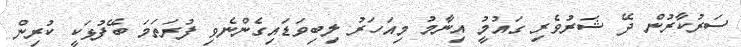
ސަރުކާރުން ދޭ ޝަރުވެރި ގައުމުީ އިނާމު މިއަހަރު ލިބިވަޑައިގެންނެވި ފުރަތަމަ ބޭފުޅަކީ ކުރިން